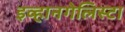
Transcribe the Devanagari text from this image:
इव्हानगेलिस्टा